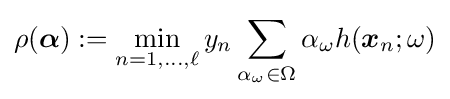
\rho ({\boldsymbol {\alpha }}):=\min _{n=1,\dots ,\ell }y_{n}\sum _{\alpha _{\omega }\in \Omega }\alpha _{\omega }h({\boldsymbol {x}}_{n};\omega )